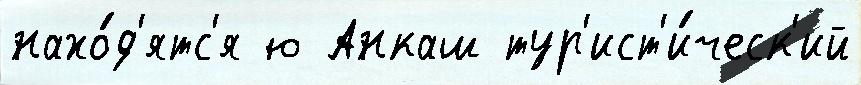
нахо́д'ятс'я ю Анкаш тур'ист'и́ческ'ий